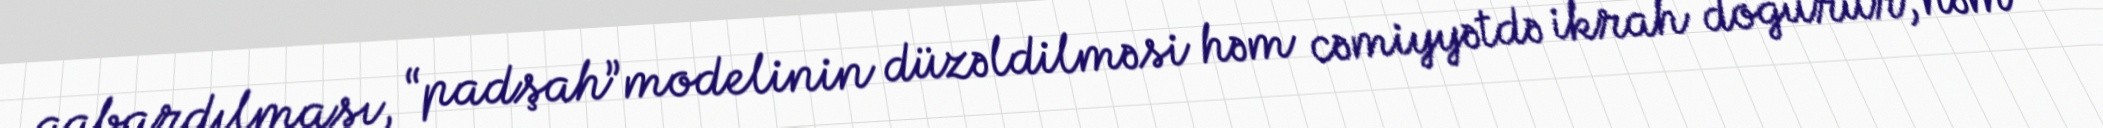
qabardılması, “padşah”modelinin düzəldilməsi həm cəmiyyətdə ikrah doğurur, həm